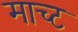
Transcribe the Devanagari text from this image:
माच्ट